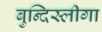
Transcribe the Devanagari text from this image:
बुन्दिस्लीगा